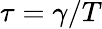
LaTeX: \tau=\gamma/T